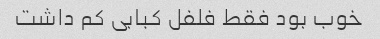
خوب بود فقط فلفل کبابی کم داشت